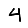
Digit: 4